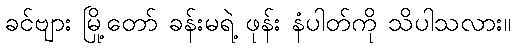
ခင်ဗျား မြို့တော် ခန်းမရဲ့ ဖုန်း နံပါတ်ကို သိပါသလား။